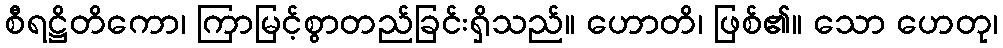
စီရဋ္ဌိတိကော၊ ကြာမြင့်စွာတည်ခြင်းရှိသည်။ ဟောတိ၊ ဖြစ်၏။ သော ဟေတု၊